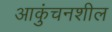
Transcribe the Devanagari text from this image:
आकुंचनशील